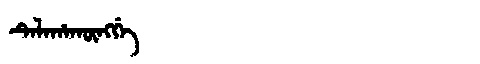
Manchu: ᡨᡝᠯᠠᡥᠠᡴᡡᠩᡤᡝ
Romanization: TELAHAKŪNGGE